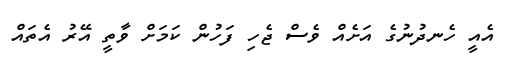
އެއީ ހެނދުނުގެ އަށެއް ވެސް ޖެހި ފަހުން ކަމަށް ވާތީ އޭރު އެތައް